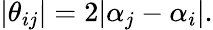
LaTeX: |\theta_{ij}|=2|\alpha_{j}-\alpha_{i}|.